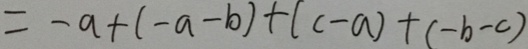
= - a + ( - a + b ) + ( c - a ) + ( - b - c )